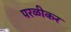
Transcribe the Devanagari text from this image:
परळीकर